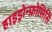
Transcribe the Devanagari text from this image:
हाइड्रोन्फ्रोसिसि